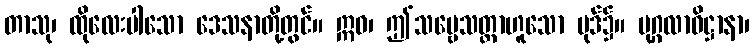
တာသု၊ ထိုလေးပါသော ဒေသနာတို့တွင်။ ဣဓ၊ ဤသဗ္ဗေသတ္တာဟူသော ပုဒ်၌။ ပုဂ္ဂလာဓိဋ္ဌာနာ၊